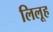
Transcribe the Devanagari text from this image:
लिलूह